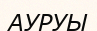
АУРУЫ